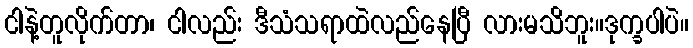
ငါနဲ့တူလိုက်တာ၊ ငါလည်း ဒီသံသရာထဲလည်နေပြီ လားမသိဘူး။ဒုက္ခပါပဲ။